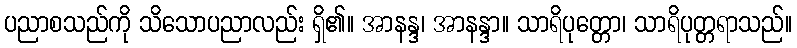
ပညာစသည်ကို သိသောပညာလည်း ရှိ၏။ အာနန္ဒ၊ အာနန္ဒာ။ သာရိပုတ္တော၊ သာရိပုတ္တရာသည်။